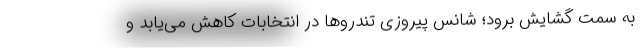
به سمت گشایش برود؛ شانس پیروزی تندروها در انتخابات کاهش می‌یابد و